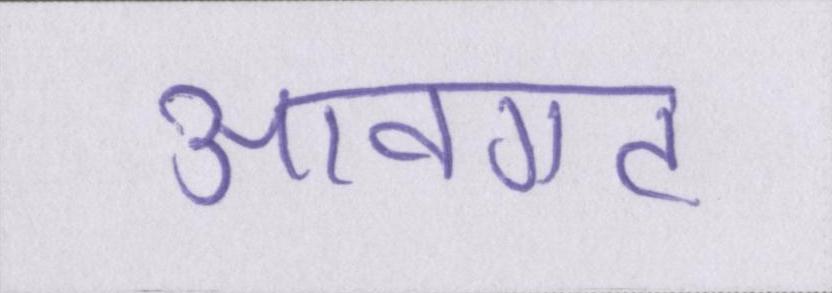
आवगत